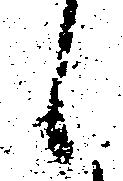
候